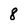
Character: 8